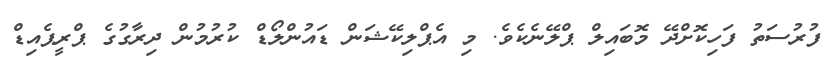
ފުރުސަތު ފަހިކޮށްދޭ މޮބައިލް ޕްލޭނެކެވެ. މި އެޕްލިކޭޝަން ޑައުންލޯޑް ކުރުމުން ދިރާގުގެ ޕްރީޕެއިޑް